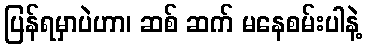
ပြန်ရမှာပဲဟာ၊ ဆစ် ဆက် မနေစမ်းပါနဲ့